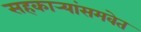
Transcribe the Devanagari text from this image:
सहकार्‍यांसमवेत